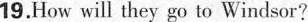
19. How will they go to Windsor?